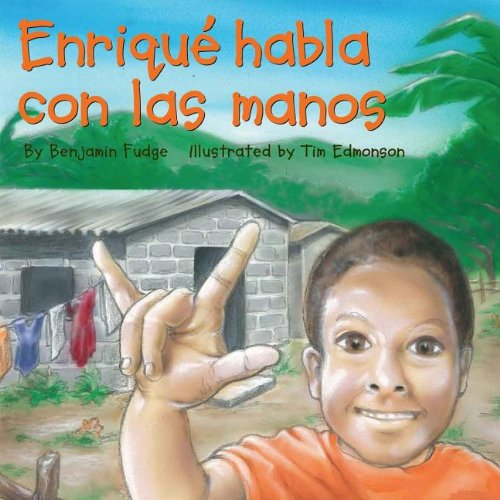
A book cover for Enrique Habla Con las Manos (Spanish Edition); Benjamin Fudge; Health, Fitness & Dieting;